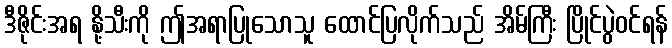
ဒီဇိုင်းအရ နို့သီးကို ဤအရာပြုသောသူ ထောင်ပြလိုက်သည် အိမ်ကြီး ပြိုင်ပွဲဝင်ရန်